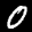
Label: 0